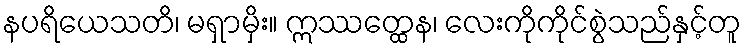
နပရိယေသတိ၊ မရှာမှိး။ ဣဿတ္ထေန၊ လေးကိုကိုင်စွဲသည်နှင့်တူ